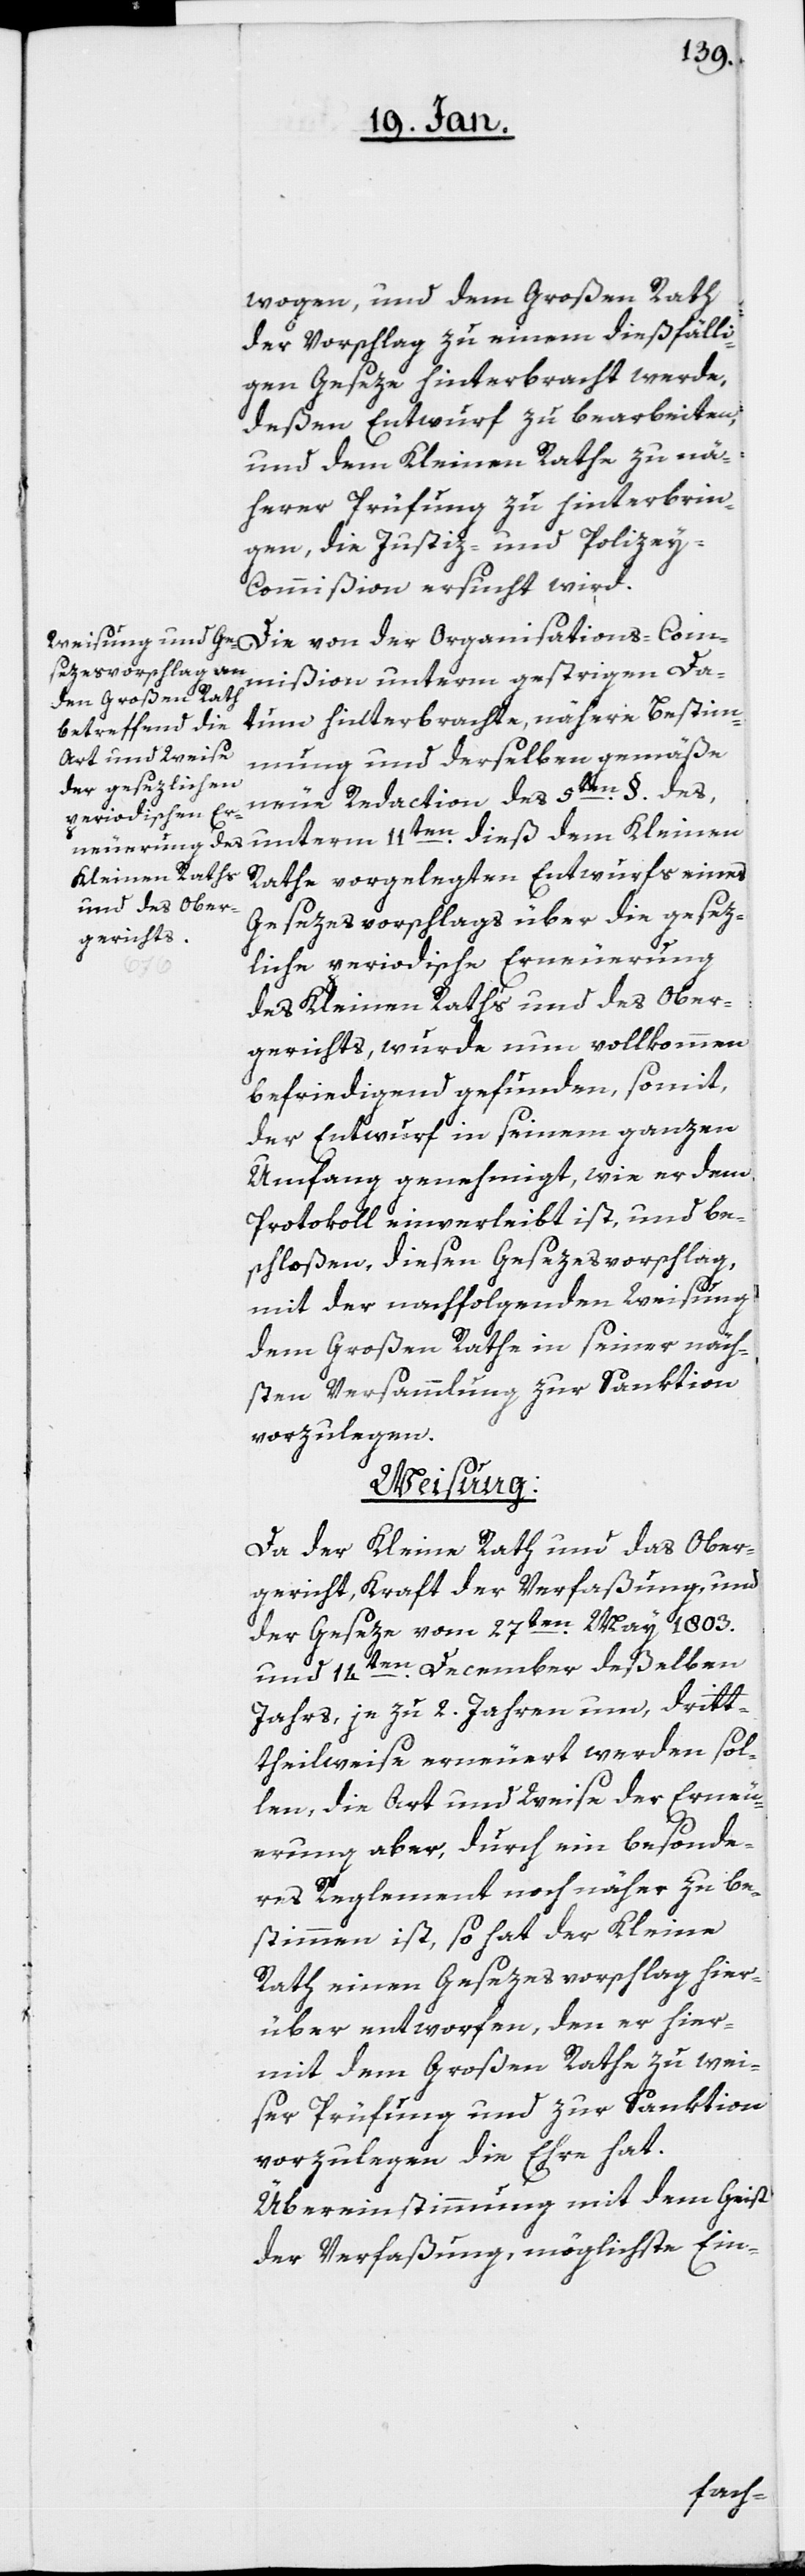
wogen, und dem Großen Rath
der Vorschlag zu einem dießfälli¬
gen Geseze hinterbracht werde,
deßen Entwurf zu bearbeiten,
und dem Kleinen Rathe zu nä¬
herer Prüfung zu hinterbrin¬
gen, die Justiz- und Polizey¬
kommißion ersucht wird.
mmißion unterm gestrigem Da¬
tum hinterbrachte, nähere Bestim¬
mung und derselben gemäße
neue Redaction, des 5ten. §. des
Rathe vorgelegten Entwurfs eines
Gesezesvorschlags über die gesez¬
liche periodische Erneuerung
des Kleinen Raths und des Ober¬
gerichts, wurde nun vollkommen
befriedigend gefunden, somit,
der Entwurf in seinem ganzen
Umfang genehmigt, wie er dem
Protokoll einverleibt ist, und be¬
schloßen, diesen Gesezesvorschlag,
mit der nachfolgenden Weisung
dem großen Rathe in seiner näch¬
sten Versammlung zur Sanktion
vorzulegen.
Weisung:
Da der Kleine Rath und das Ober¬
gericht, kraft der Verfaßung und
der Geseze vom 27sten. May 1803.
14ten. December deßelben
Jahrs, je zu 2. Jahren um, drit¬
theilweise erneuert werden sol¬
len, die Art und Weise der Erneu¬
erung aber, durch ein besonde¬
res Reglement noch näher zu be¬
stimmen ist, so hat der Kleine
Rath einen Gesezesvorschlag hier¬
über entworfen, den er hier¬
mit dem Großen Rathe zu wei¬
ser Prüfung und zur Sanktion
vorzulegen die Ehre hat.
Übereinstimmung mit dem Geist
der Verfaßung, möglichste Ein-